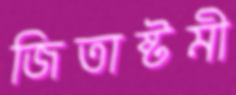
জিতাষ্টমী